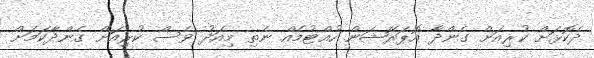
ދެކޮޅަށް ކުރިއަށް ގެންދާ އޮޕަރޭޝަން ހުއްޓުމެއް ނެތި މިއަދު ވެސް ކުރިއަށް ގެންދާކަމަށް